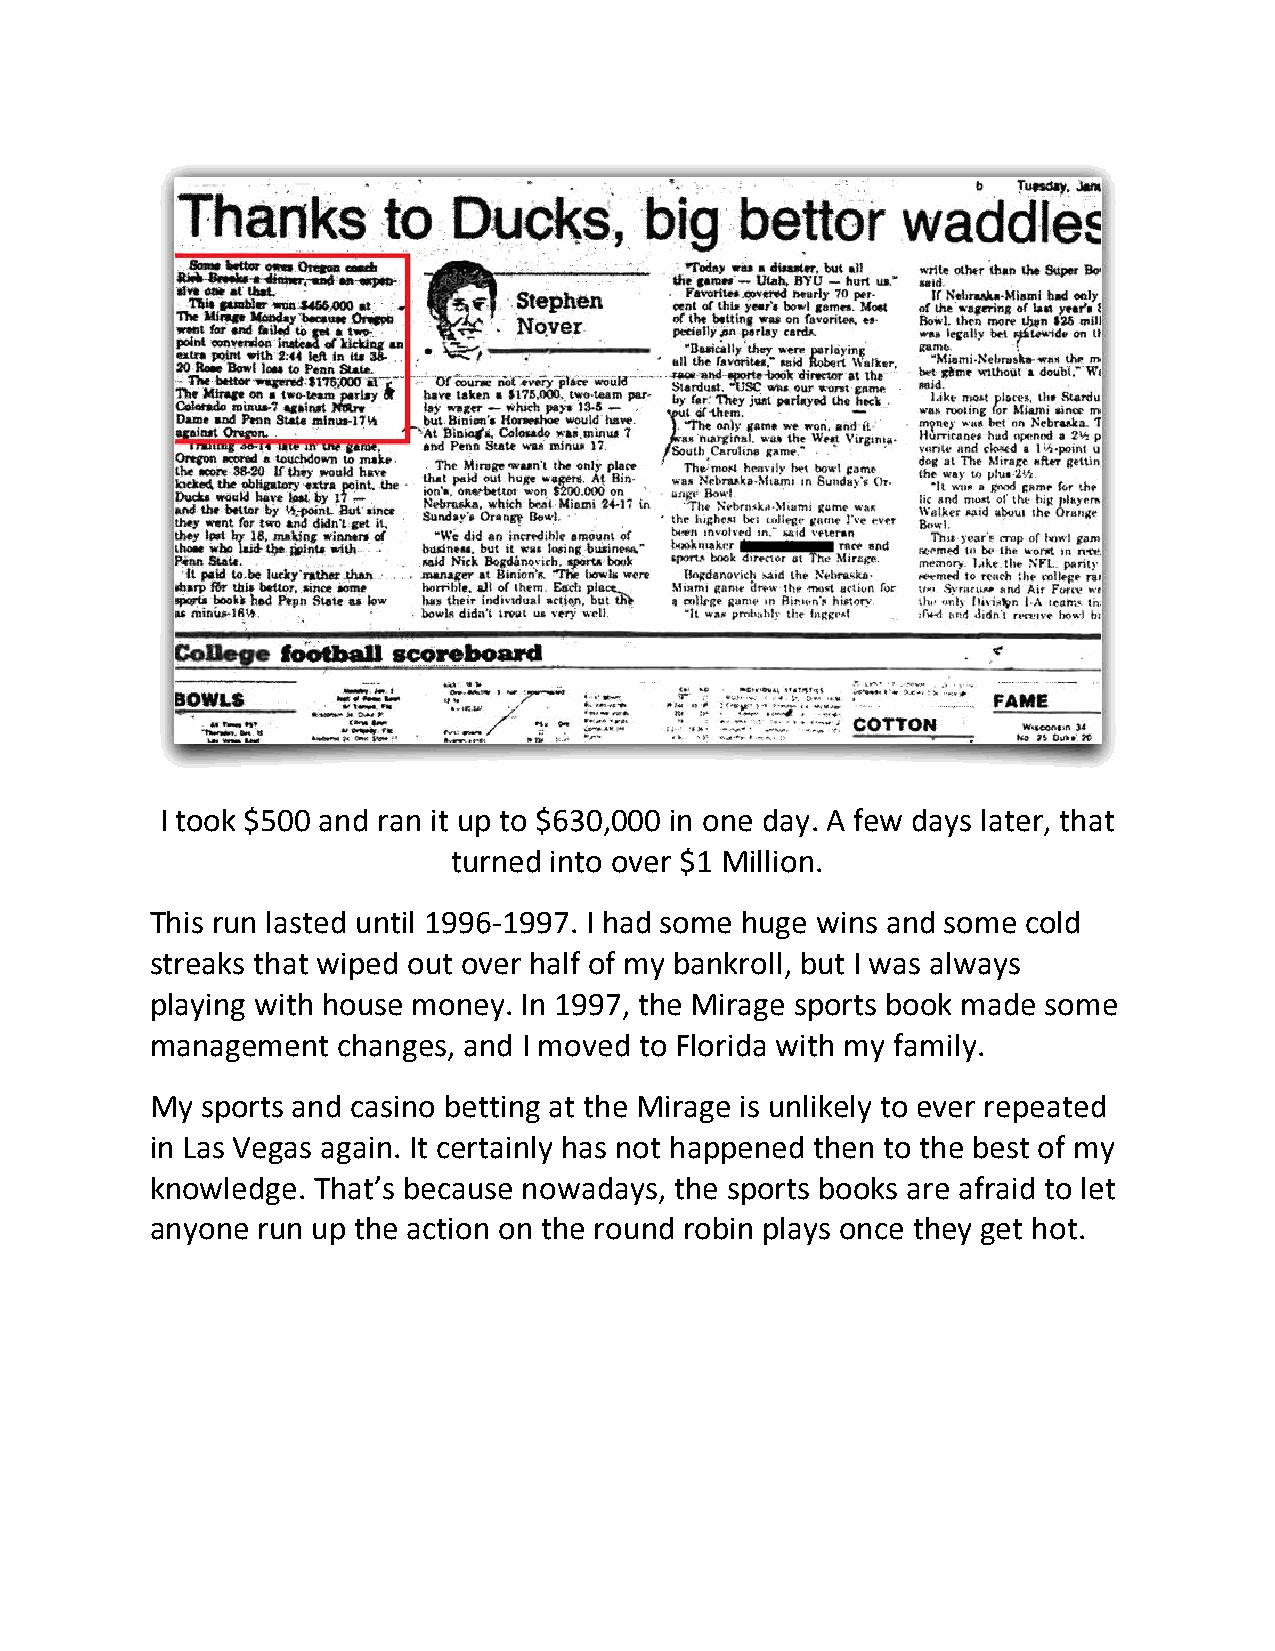
I took $500 and ran it up to $630,000 in one day. A few days later, that
 turned into over $1 Million.
 This run lasted until 1996-1997. I had some huge wins and some cold
 streaks that wiped out over half of my bankroll, but I was always
 playing with house money. In 1997, the Mirage sports book made some
 management  changes, and I moved to Florida with my family.
 My sports and casino betting at the Mirage is unlikely to ever repeated
 in Las Vegas again. It certainly has not happened then to the best of my
 knowledge. That’s because nowadays, the sports books are afraid to let
 anyone run up the action on the round robin plays once they get hot.